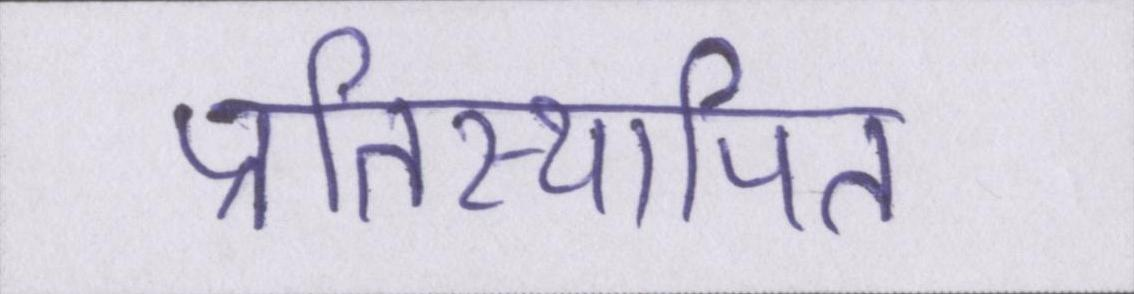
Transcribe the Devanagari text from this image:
प्रतिस्थापित